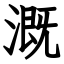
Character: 溉